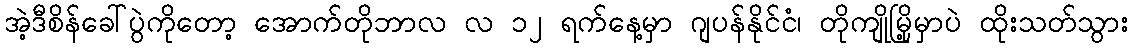
အဲ့ဒီစိန်ခေါ်ပွဲကိုတော့ အောက်တိုဘာလ လ ၁၂ ရက်နေ့မှာ ဂျပန်နိုင်ငံ၊ တိုကျိုမြို့မှာပဲ ထိုးသတ်သွား